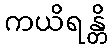
ကယိရန္တိ